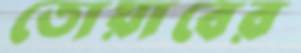
তোয়াবের